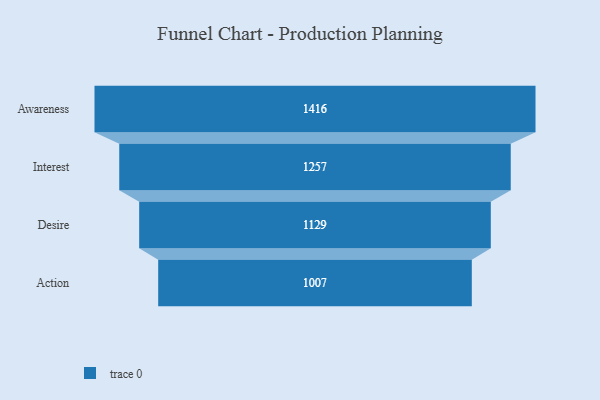
{"axis": {"x": "Stage", "y": "Value"}, "legend": [""], "data": [{"x": "Awareness", "y": 1416.0, "type": ""}, {"x": "Interest", "y": 1257.0, "type": ""}, {"x": "Desire", "y": 1129.0, "type": ""}, {"x": "Action", "y": 1007.0, "type": ""}]}